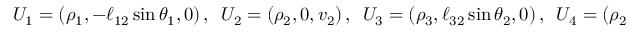
\begin{array} { r } { \quad U _ { 1 } = ( \rho _ { 1 } , - \ell _ { 1 2 } \sin \theta _ { 1 } , 0 ) \, , \, \, \, U _ { 2 } = ( \rho _ { 2 } , 0 , v _ { 2 } ) \, , \, \, \, U _ { 3 } = ( \rho _ { 3 } , \ell _ { 3 2 } \sin \theta _ { 2 } , 0 ) \, , \, \, \, U _ { 4 } = ( \rho _ { 2 } , 0 , - v _ { 2 } ) \, , } \end{array}